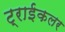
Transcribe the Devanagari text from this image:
ट्राईकलर